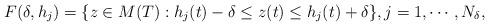
LaTeX: \begin{align*}F(\delta,h_j)=\{ z \in M(T): h_j(t)-\delta \le z(t)\le h_j(t) + \delta\}, j=1,\cdots,N_{\delta}, \end{align*}